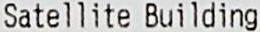
SATELLITE BUILDING